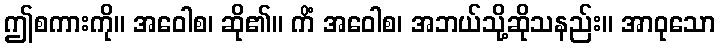
ဤစကားကို။ အဝေါစ၊ ဆို၏။ ကိံ အဝေါစ၊ အဘယ်သို့ဆိုသနည်း။ အာဝုသော